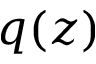
q ( z )